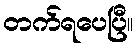
တက်ရပေပြီ။